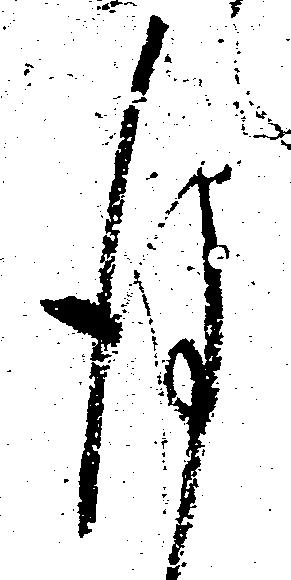
後